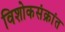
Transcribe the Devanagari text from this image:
विशोकसंक्रांत